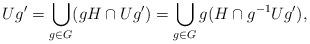
LaTeX: \begin{align*} Ug' = \bigcup_{g\in G} (gH \cap Ug') = \bigcup_{g\in G} g(H\cap g^{-1}Ug'), \end{align*}